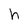
Character: h